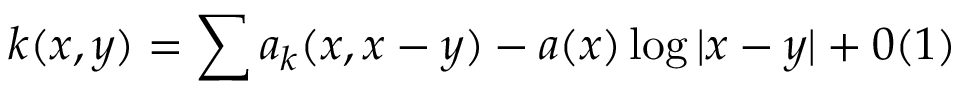
k ( x , y ) = \sum a _ { k } ( x , x - y ) - a ( x ) \log \vert x - y \vert + 0 ( 1 )